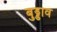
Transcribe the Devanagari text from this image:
बुड्डाव